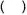
()